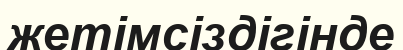
жетімсіздігінде